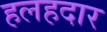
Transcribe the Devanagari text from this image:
हलहदार